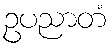
ဥပညာတံ